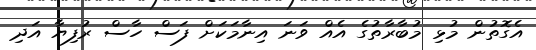
އެގޮތުން މުޅި މުބާރާތުގެ އެއް ވަނަ އިނާމަކަށް ފަސް ހާސް ރުފިޔާ އަދި